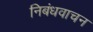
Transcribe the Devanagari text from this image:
निबंधवाचन